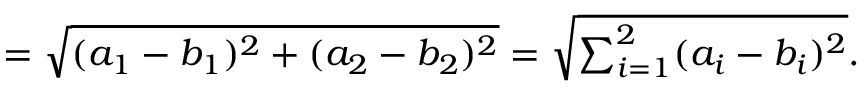
= { \sqrt { ( a _ { 1 } - b _ { 1 } ) ^ { 2 } + ( a _ { 2 } - b _ { 2 } ) ^ { 2 } } } = { \sqrt { \textstyle \sum _ { i = 1 } ^ { 2 } ( a _ { i } - b _ { i } ) ^ { 2 } } } .